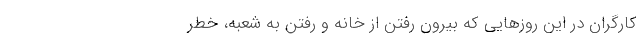
کارگران در این روزهایی که بیرون رفتن از خانه و رفتن به شعبه، خطر